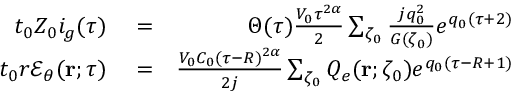
\begin{array} { r l r } { t _ { 0 } Z _ { 0 } i _ { g } ( \tau ) } & { { } = } & { \Theta ( \tau ) \frac { V _ { 0 } \tau ^ { 2 \alpha } } { 2 } \sum _ { \zeta _ { 0 } } \frac { j q _ { 0 } ^ { 2 } } { G ( \zeta _ { 0 } ) } e ^ { q _ { 0 } ( \tau + 2 ) } } \\ { t _ { 0 } r { \mathcal E } _ { \theta } ( { \bf r } ; \tau ) } & { { } = } & { \frac { V _ { 0 } C _ { 0 } ( \tau - R ) ^ { 2 \alpha } } { 2 j } \sum _ { \zeta _ { 0 } } Q _ { e } ( { \bf r } ; \zeta _ { 0 } ) e ^ { q _ { 0 } ( \tau - R + 1 ) } } \end{array}